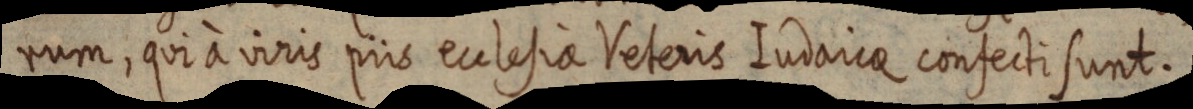
rum, qui à viris piis ecclesia Veteris Iudaicae confecti sunt.